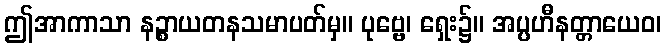
ဤအာကာသာ နဉ္စာယတနသမာပတ်မှ။ ပုဗ္ဗေ၊ ရှေး၌။ အပ္ပဟီနတ္တာယေဝ၊